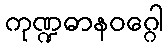
ကုဏ္ဍဓာနဝဂ္ဂေါ